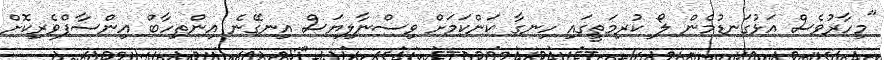
"މިހާރުވެސް އަޅުގަނޑުމެން ލޯ ކުރިމަތީގައި ހިނގާ ކަންކަމަށް ވިސްނާލިޔަސް އިނގޭނެ އިންތިހާބް އިންސާފްވެރިކޮށް